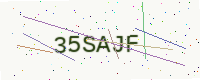
Text: 35SAJF